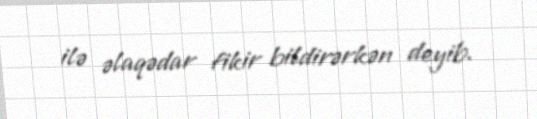
ilə əlaqədar fikir bildirərkən deyib.